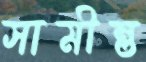
সামীন্ত